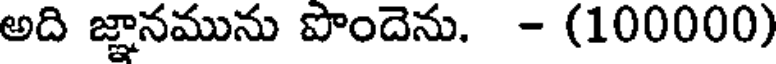
అది జ్ఞానమును పొందెను. - (100000)